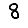
Digit: 8